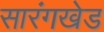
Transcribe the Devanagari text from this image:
सारंगखेड